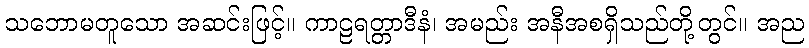
သဘောမတူသော အဆင်းဖြင့်။ ကာဠရတ္တာဒီနံ၊ အမည်း အနီအစရှိသည်တို့တွင်။ အည